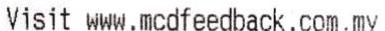
VISIT WWW.MCDFEEDBACK.COM.MY